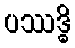
ပဿဒ္ဓိ